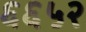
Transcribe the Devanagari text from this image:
६६५२